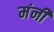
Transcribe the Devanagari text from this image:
मंनी